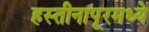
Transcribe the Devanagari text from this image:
हस्तीनापूरमध्ये